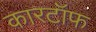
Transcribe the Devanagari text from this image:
कारटॉफ